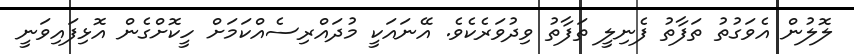
ލޮލުން އެވަގުތު ތަފާތު ފެނިލީ ތަފާތު ވިދުވަރެކެވެ. އޭނައަކީ މުދައްރިސެއްކަމަށް ހީކޮށްގެން އޮޅިފައިވަނީ